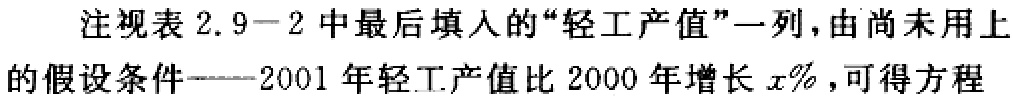
注视表2.9−2中最后填入的“轻工产值”一列，由尚未用上的假设条件——2001年轻工产值比2000年增长\(x\%\)，可得方程